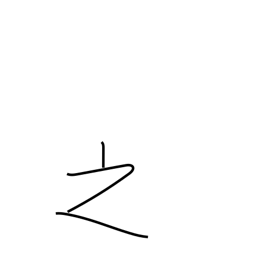
Meaning: of